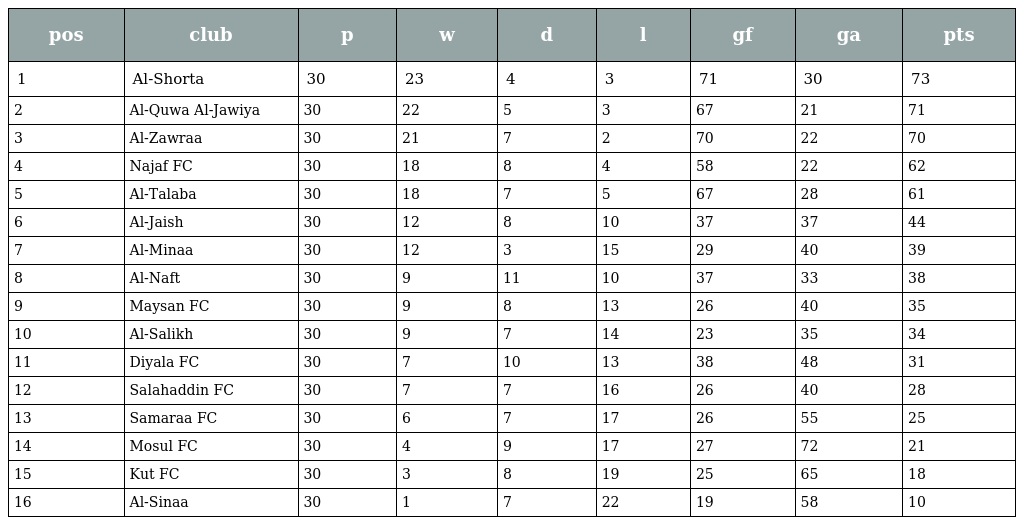
| pos | club | p | w | d | l | gf | ga | pts |
 | --- | --- | --- | --- | --- | --- | --- | --- | --- |
 | 1 | Al-Shorta | 30 | 23 | 4 | 3 | 71 | 30 | 73 |
 | 2 | Al-Quwa Al-Jawiya | 30 | 22 | 5 | 3 | 67 | 21 | 71 |
 | 3 | Al-Zawraa | 30 | 21 | 7 | 2 | 70 | 22 | 70 |
 | 4 | Najaf FC | 30 | 18 | 8 | 4 | 58 | 22 | 62 |
 | 5 | Al-Talaba | 30 | 18 | 7 | 5 | 67 | 28 | 61 |
 | 6 | Al-Jaish | 30 | 12 | 8 | 10 | 37 | 37 | 44 |
 | 7 | Al-Minaa | 30 | 12 | 3 | 15 | 29 | 40 | 39 |
 | 8 | Al-Naft | 30 | 9 | 11 | 10 | 37 | 33 | 38 |
 | 9 | Maysan FC | 30 | 9 | 8 | 13 | 26 | 40 | 35 |
 | 10 | Al-Salikh | 30 | 9 | 7 | 14 | 23 | 35 | 34 |
 | 11 | Diyala FC | 30 | 7 | 10 | 13 | 38 | 48 | 31 |
 | 12 | Salahaddin FC | 30 | 7 | 7 | 16 | 26 | 40 | 28 |
 | 13 | Samaraa FC | 30 | 6 | 7 | 17 | 26 | 55 | 25 |
 | 14 | Mosul FC | 30 | 4 | 9 | 17 | 27 | 72 | 21 |
 | 15 | Kut FC | 30 | 3 | 8 | 19 | 25 | 65 | 18 |
 | 16 | Al-Sinaa | 30 | 1 | 7 | 22 | 19 | 58 | 10 |